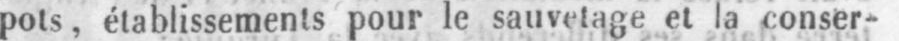
pôts, établissements pour le sauvetage et la conser-